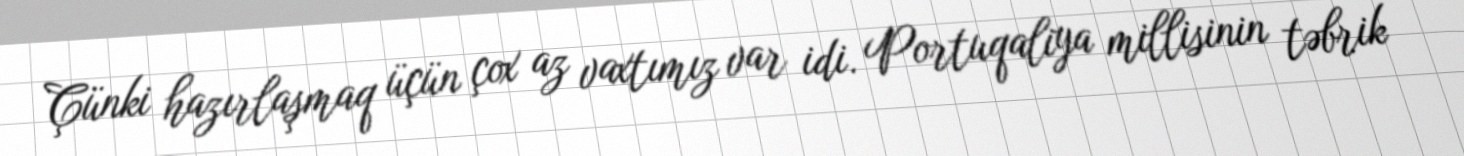
Çünki hazırlaşmaq üçün çox az vaxtımız var idi. Portuqaliya millisinin təbrik